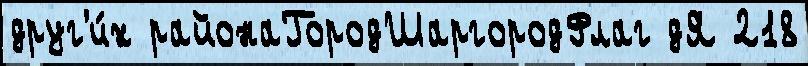
друг'и́х районаГородШаргородФлаг дЯ 218